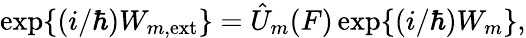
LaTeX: \mathrm{exp}\{ (i/\hbar)W_{m,\mathrm{ext}}\} =\hat{U}_{m}(F)\, \mathrm{exp}\{ (i/\hbar)W_{m}\} ,